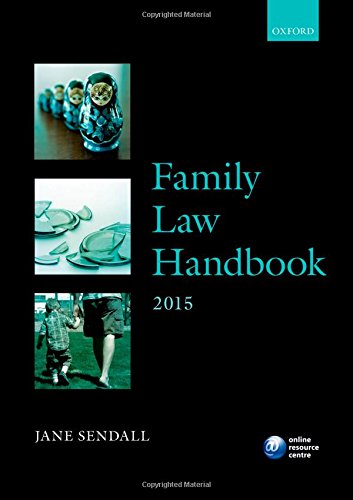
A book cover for Family Law Handbook 2015 (Legal Practice Course Guide); Jane Sendall; Law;